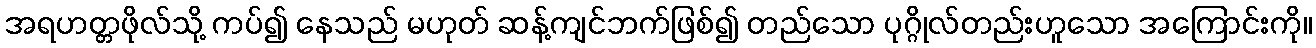
အရဟတ္တဖိုလ်သို့ ကပ်၍ နေသည် မဟုတ် ဆန့်ကျင်ဘက်ဖြစ်၍ တည်သော ပုဂ္ဂိုလ်တည်းဟူသော အကြောင်းကို။